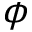
\phi